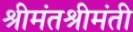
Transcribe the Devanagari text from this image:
श्रीमंतश्रीमंती